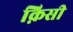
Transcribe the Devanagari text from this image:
क़िसी